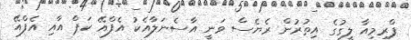
ޕްރިމިއާ ލީގުގެ އިތުރުން ރެޔެސް ވަނީ އާސެނަލާއެކު އެފްއޭ ކަޕް އާއި އެފްއޭ